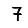
Digit: 7